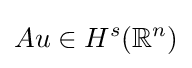
Au\in H^{s}(\mathbb {R} ^{n})